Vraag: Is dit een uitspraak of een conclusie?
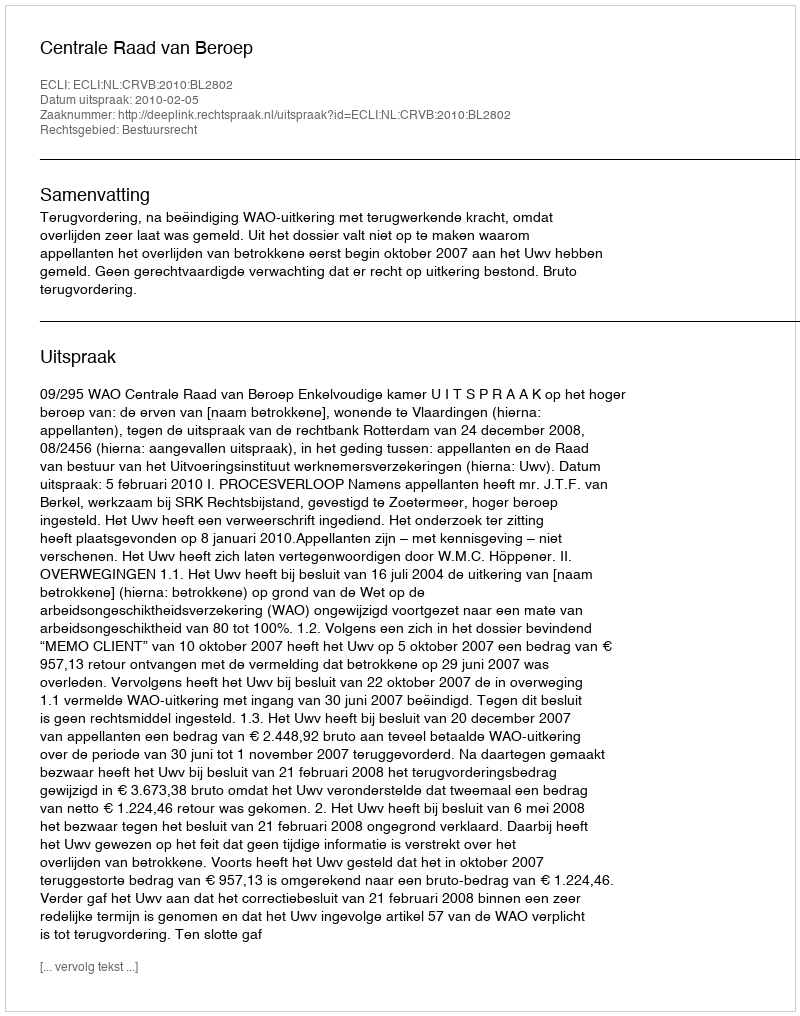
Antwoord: Uitspraak